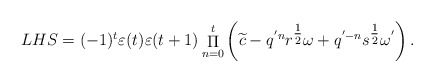
\begin{gather*}LHS = ( - 1){}^t\varepsilon (t)\varepsilon (t + 1)\mathop \Pi \limits_{n = 0}^t \left( {\widetilde{c} - {q^{'n}}{r^{{\textstyle{1 \over 2}}}}\omega + {q^{' - n}}{s^{{\textstyle{1 \over 2}}}}{\omega ^{'}}} \right).\end{gather*}